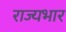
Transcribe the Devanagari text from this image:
राज्‍यभार